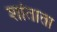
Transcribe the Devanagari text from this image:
शांताता